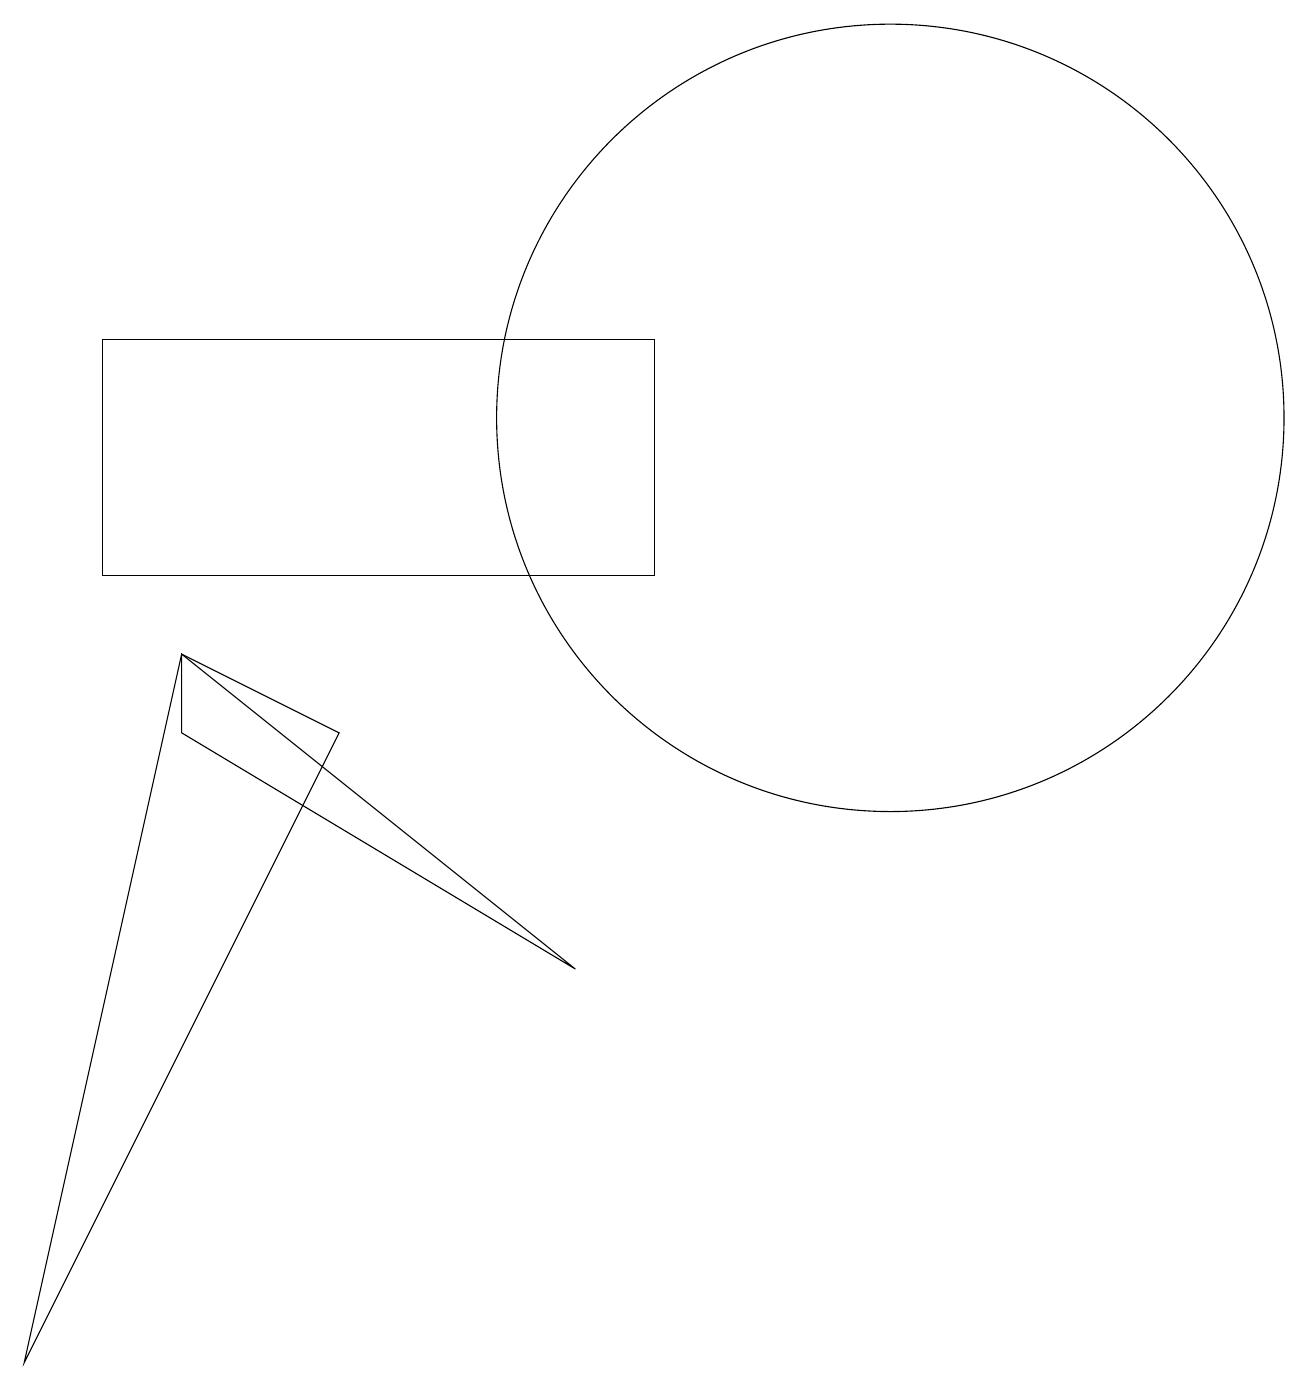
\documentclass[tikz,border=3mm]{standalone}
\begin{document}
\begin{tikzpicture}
\draw (12,12) circle (5);
\draw (3,8) -- (8,5) -- (3,9) -- cycle;
\draw (2,10) rectangle (9,13);
\draw (3,9) -- (1,0) -- (5,8) -- cycle;
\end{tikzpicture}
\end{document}